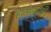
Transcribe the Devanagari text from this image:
हाताळूनही